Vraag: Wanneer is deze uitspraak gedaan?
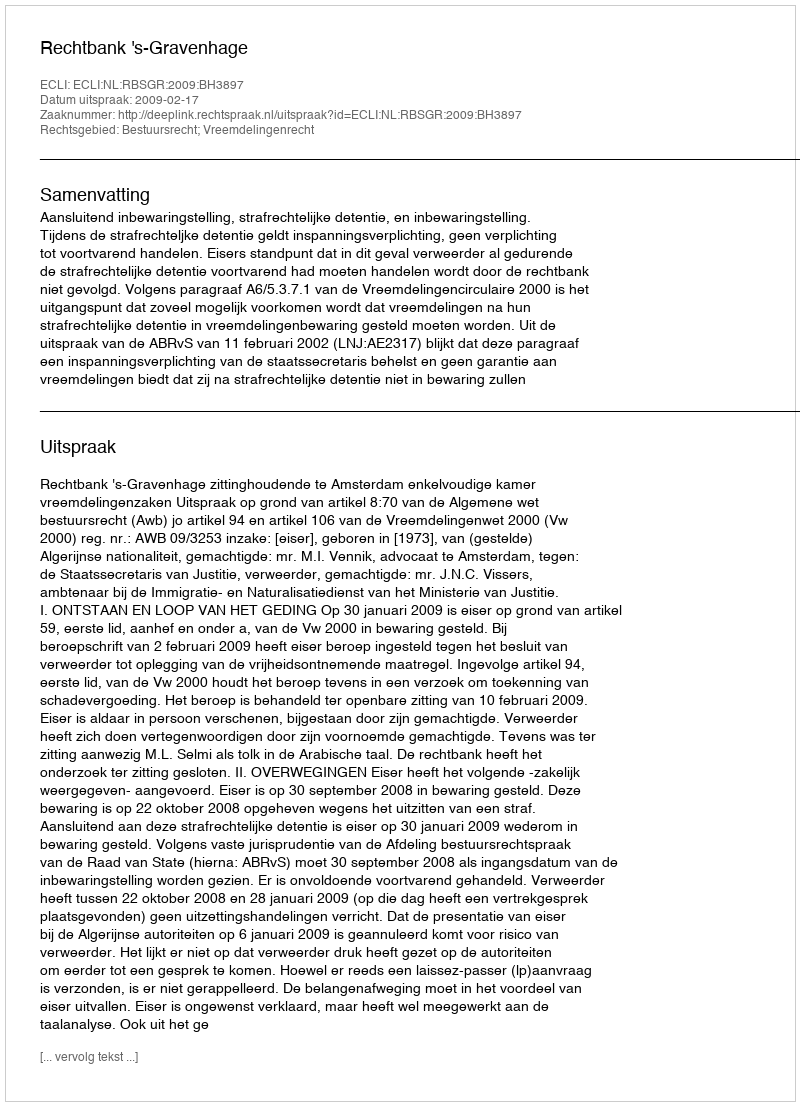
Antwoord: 2009-02-17